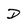
Character: d